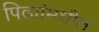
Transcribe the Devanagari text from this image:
पिढ्यांमधील